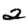
Digit: 2